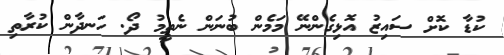
ކުޑާ ކޮށް ސައިޒު އޮޅިގެންނޭ މަމެން ބުނަން ނެތީމު ދޯ. ހަނދާން ކުރާތި